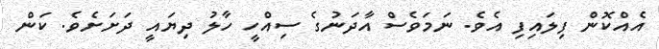
އެއްކޮން ފިލައިފި އެވެ. ނަމަވެސް އާދަނުގެ ސިއްހީ ހާލު ދިޔައީ ދަށަށެވެ. ކަން